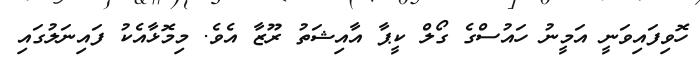
ހޮވިފައިވަނީ އަމީނު ހައުސްގެ ގޯލް ކީޕާ އާއިޝަތު ރޫޒާ އެވެ. މިމޮޅާއެކު ފައިނަލުގައި